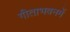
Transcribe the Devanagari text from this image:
गीताभवनमें